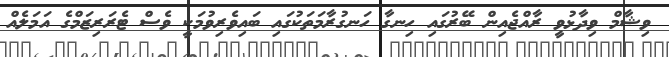
ވިޝާމް ވިދާޅުވީ ރާއްޖެއިން ބޭރުގައި ހިނގާ ހަނގުރާމަތަކުގައި ބައިވެރިވުމަކީ ވެސް ޓެރަރިޒަމްގެ އަމަލެއް